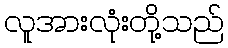
လူအားလုံးတို့သည်